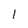
Character: l